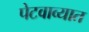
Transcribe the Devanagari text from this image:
पेटवाव्यात